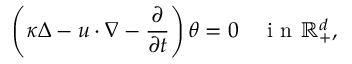
\left( \kappa \Delta - u \cdot \nabla - \frac { \partial } { \partial t } \right) \theta = 0 \quad \textrm { i n } \mathbb { R } _ { + } ^ { d } ,